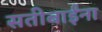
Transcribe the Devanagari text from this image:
सतीबाईंना